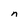
Character: n